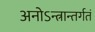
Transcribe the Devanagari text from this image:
अनोऽन्त्रान्तर्गतं